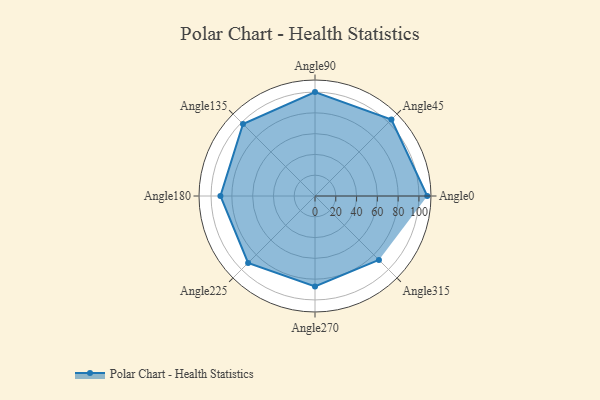
{"axis": {"x": "Angle", "y": "Radius"}, "legend": [""], "data": [{"x": "Angle0", "y": 108.0, "type": ""}, {"x": "Angle45", "y": 104.0, "type": ""}, {"x": "Angle90", "y": 100.0, "type": ""}, {"x": "Angle135", "y": 98.0, "type": ""}, {"x": "Angle180", "y": 91.0, "type": ""}, {"x": "Angle225", "y": 91.0, "type": ""}, {"x": "Angle270", "y": 87.0, "type": ""}, {"x": "Angle315", "y": 87.0, "type": ""}]}